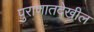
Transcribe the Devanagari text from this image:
पुराणातदेखील